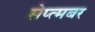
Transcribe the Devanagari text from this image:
सेप्त्मबर